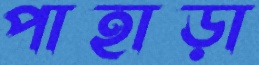
পাহাড়া